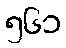
၅၆၁